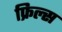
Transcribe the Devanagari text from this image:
फ्रिल्स